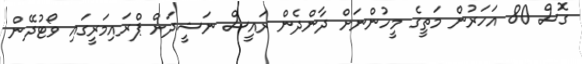
ގޮސް 80 އަހަރުން މަތީގެ މީހުންނަށް ދާންދެން ރައީސް ނަޝީދަށް ޕްރައިމަރީގައި ވޯޓުދޭން